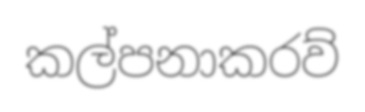
කල්පනාකරව්